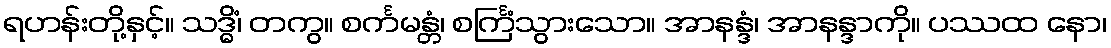
ရဟန်းတို့နှင့်။ သဒ္ဓိံ၊ တကွ။ စင်္ကမန္တံ၊ စင်္ကြံသွားသော။ အာနန္ဒံ၊ အာနန္ဒာကို။ ပဿထ နော၊